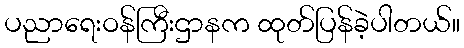
ပညာရေးဝန်ကြီးဌာနက ထုတ်ပြန်ခဲ့ပါတယ်။